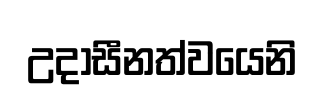
උදාසීනත්වයෙනි